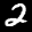
Label: 2